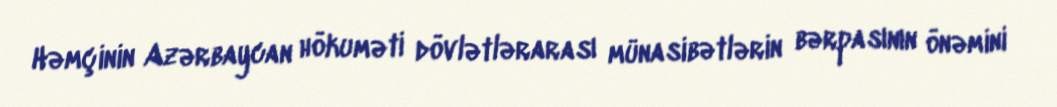
Həmçinin Azərbaycan hökuməti dövlətlərarası münasibətlərin bərpasının önəmini